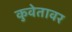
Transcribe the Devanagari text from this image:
कुवेतावर